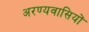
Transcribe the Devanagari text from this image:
अरण्यवासियों